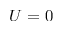
U = 0